Insane asylums in Bengal annual reports 1867-1875 - 1867-1875
Year: 1867
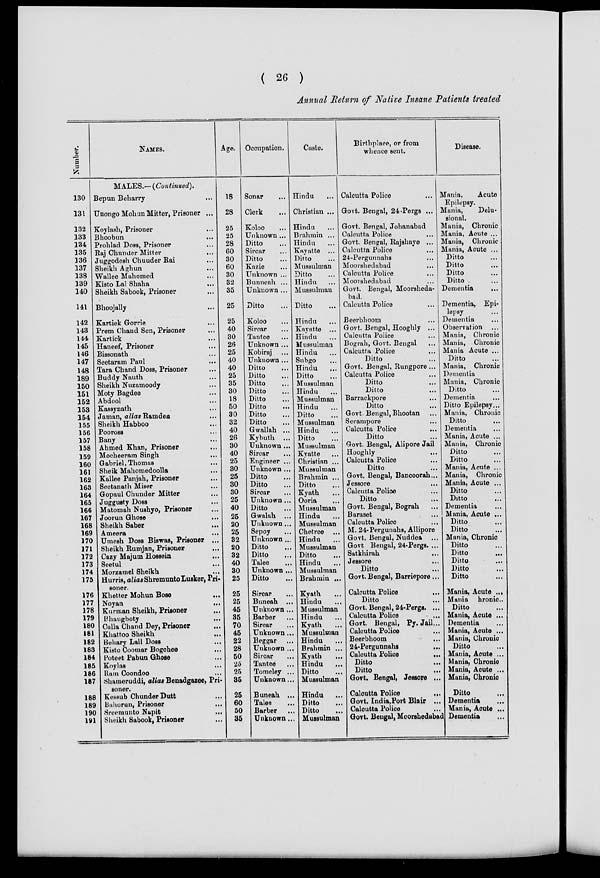
( 26 )
Annual Return of Native Insane Patients treated
Number.
130
131
132
133
134
135
136
137
138
139
140
141
142
143
144
145
146
147
148
189
150
151
152
153
154
155
156
157
158
159
160
161
162
163
164
165
166
167
168
169
170
171
172
173
174
175
176
177
178
179
180
181
182
183
184
185
186
187
188
189
190
191
NAMES.
MALES.—(Continued).
Bepun Beharry ...
Unongo Mohun Mitter, Prisoner ...
Koylash, Prisoner ...
Bhoobun ...
Prohlad Doss, Prisoner ...
Raj Chunder Mitter ...
Juggodesh Chuuder Rai ...
Sheikh Aghun ...
Wallee Mahomed ...
Kisto Lal Shaha ...
Sheikh Sabook, Prisoner ...
Bhoojally ...
Kartiek Gorrie ...
Prem Chand Sen, Prisoner ...
Kartick ...
Haneef, Prisoner ...
Bissonath ...
Seetaram Paul ...
Tara Chand Doss, Prisoner ...
Buddy Nauth ...
Sheikh Nuzamoody ...
Moty Bagdee ...
Abdool ...
Kassynath ...
Jaman, alias Ramden ...
Sheikh Habboo ...
Pooross ...
Bany ...
Ahmed Khan, Prisoner ...
Mocheeram Singh ...
Gabriel, Thomas ...
Sheik Mahomedoolla ...
Kallee Panjah, Prisoner ...
Seetanath Miser ...
Gopaul Chunder Mitter ...
Juggusty Doss ...
Matomah Nushyo, Prisoner ...
Joorun Ghose ...
Sheikh Saber ...
Ameera ...
Umesh Doss Biswas, Prisoner ...
Sheikh Rumjan, Prisoner ...
Cazy Majum Hossein
...
Seetul
...
Morzamel Sheikh ...
Hurris, alias Shremunto Lusker, Pri-
soner.
Khetter Mohun Bose
...
Noyan
...
Kurman Sheikh, Prisoner ...
Bhaugboty...
Calla Chand Dey, Prisoner ...
Khattoo Sheikh ...
Behary Lall Doss ...
Kisto Coomar Bogchee ...
Poteet Pabun Ghose ...
Koylas ...
Ram Coondoo ...
Shameruddi, alias Benadgazee, Pri-
soner.
Kessub Chunder Dutt ...
Bahorun, Prisoner ...
Sreemunto Napit ...
Sheikh Sabook, Prisoner ...
Age.
18
28
25
25
28
60
30
60
30
32
35
25
25
40
30
26
25
40
40
25
35
30
18
50
30
32
40
26
30
40
25
30
25
30
30
25
40
25
20
25
32
20
32
40
30
25
25
25
45
35
70
45
22
28
50
25
25
35
25
60
50
35
Occupation.
Sonar ...
Clerk ...
Koloo ...
Unknown ...
Ditto ...
Sircar ...
Ditto ...
Kazie ...
Unknown ...
Bunneah ...
Unknown ...
Ditto ...
Koloo ...
Sircar
...
Tantee ...
Unknown ...
Kobiraj ...
Unknown ...
Ditto ...
Ditto ...
Ditto ...
Ditto ...
Ditto ...
Ditto ...
Ditto ...
Ditto ...
Gwallah ...
Kybuth ...
Unknown ...
Sircar ...
Engineer ...
Unknown ...
Ditto ...
Ditto ...
Sircar ...
Unknown...
Ditto ...
Gwalah ...
Unknown...
Sepoy ...
Unknown...
Ditto ...
Ditto ...
Talee ...
Unknown...
Ditto ...
Sircar ...
Buneah ...
Unknown ...
Barber ...
Sircar ...
Unknown...
Beggar ...
Unknown ...
Sircar ...
Tantee ...
Tomeley ...
Unknown...
Buneah ...
Talee ...
Barber ...
Unknown...
Caste.
Hindu ...
Christian ...
Hindu ...
Brahmin ...
Hindu ...
Kayatte ...
Ditto ...
Mussulman
Ditto ...
Hindu ...
Mussulman
Ditto ...
Hindu ...
Kayatte ...
Hindu ...
Mussulman
Hindu ...
Subgo ...
Hindu ...
Ditto ...
Mussulman
Hindu ...
Mussulman
Hindu ...
Ditto ...
Mussulman
Hindu ...
Ditto ...
Mussulman
Kyatte
...
Christian ...
Mussulman
Brahmin ...
Ditto ...
Kyath ...
Ooria ...
Mussulman
Hindu ...
Mussulman
Chetree ...
Hindu ...
Mussulman
Ditto ...
Hindu ...
Mussulman
Brahmin ...
Kyath ...
Hindu ...
Mussulman
Hindu ...
Kyath ...
Mussulman
Hindu ...
Brahmin ...
Kyath ...
Hindu ...
Ditto ...
Mussulman
Hindu ...
Ditto ...
Ditto
...
Mussulman
Birthplace, or from
whence sent.
Calcutta Police ...
Govt. Bengal, 24-Pergs ...
Govt. Bengal, Johanabad
Calcutta Police ...
Govt. Bengal, Rajshaye ...
Calcutta Police ...
24-Pergunnahs ...
Moorshedabad ...
Calcutta Police ...
Moorshedabad ...
Govt. Bengal, Moorsheda-
bad.
Calcutta Police ...
Beerbhoom ...
Govt. Bengal, Hooghly ...
Calcutta Police ...
Bograh, Govt. Bengal ...
Calcutta Police ...
Ditto ...
Govt. Bengal, Rungpore...
Calcutta Police ...
Ditto ...
Ditto ...
Barrackpore ...
Ditto ...
Govt. Bengal,Bhootan ...
Serampore ...
Calcutta Police
...
Ditto ...
Govt. Bengal, Alipore Jail
Hooghly ...
Calcutta Police ...
Ditto ...
Govt. Bengal, Bancoorah...
Jessore
...
Calcutta Police ...
Ditto ...
Govt. Bengal, Bograh ...
Baraset ...
Calcutta Police ...
M. 24-Pergunahs, Allipore
Govt. Bengal, Nuddea ...
Govt Bengal, 24-Pergs. ...
Satkhirah ...
Jessore ...
Ditto ...
Govt. Bengal, Barriepore...
Calcutta Police
...
Ditto ...
Govt. Bengal, 24-Pergs. ...
Calcutta Police
...
Govt. Bengal, Py. Jail...
Calcutta Police ...
Beerbhoom ...
24-Pergunnahs ...
Calcutta Police
...
Ditto ...
Ditto ...
Govt. Bengal, Jessore ...
Calcutta Police
...
Govt. India,Port Blair ...
Calcutta Police ...
Govt. Bengal, Moorshedabad
Disease.
Mania,
Acute
Epilepsy.
Mania,
Delu-
sional.
Mania, Chronic
Mania, Acute ...
Mania, Chronic
Mania, Acute ...
Ditto ...
Ditto ...
Ditto ...
Ditto ...
Dementia
...
Dementia, Epi-
lepsy ...
Dementia ...
Observation ...
Mania, Chronic
Mania, Chronic
Mania Acute ...
Ditto ...
Mania, Chronic
Dementia ...
Mania, Chronic
Ditto ...
Dementia ...
Ditto Epilepsy...
Mania, Chronic
Ditto ...
Dementia ...
Mania, Acute ...
Mania, Chronic
Ditto ...
Ditto ...
Mania, Acute ...
Mania, Chronic
Mania, Acute ...
Ditto ...
Ditto ...
Dementia ...
Mania, Acute ...
Ditto ...
Ditto ...
Mania, Chronic
Ditto ...
Ditto ...
Ditto ...
Ditto ...
Ditto ...
Mania, Acute ...
Mania hronic.
Ditto ...
Mania, Acute ...
Dementia ...
Mania, Acute ...
Mania, Chronic
Ditto ...
Mania, Acute ...
Mania, Chronic
Mania, Acute ...
Mania, Chronic
Ditto ...
Dementia ...
Mania, Acute ...
Dementia ...